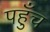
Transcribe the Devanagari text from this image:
पहुॅंच